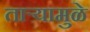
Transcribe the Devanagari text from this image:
ताऱ्यामुळे